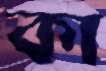
কা